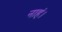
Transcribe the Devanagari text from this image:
नाहं।